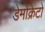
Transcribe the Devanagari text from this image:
डेमोक्रेटो